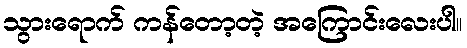
သွားရောက် ကန်တော့တဲ့ အကြောင်းလေးပါ။